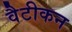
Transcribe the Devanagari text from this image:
वैटीकन